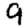
Digit: 9